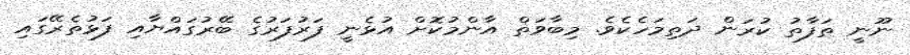
ނޫނީ ތަފާތު ކުރަން ދަތިމަހެކެވެ. މިބާވަތް އާންމުކޮށް އުޅެނީ ފަރުފަރުގެ ބޭރުގައްޔާއި ފަޅުތެރޭގައި